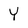
Character: Y